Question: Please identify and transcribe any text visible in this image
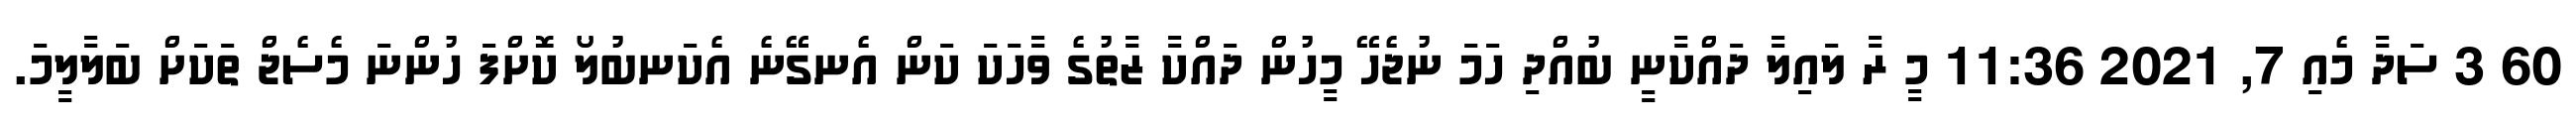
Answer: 60 3 ސަދާ މެއި 7, 2021 11:36 މީ ރާ ލައިލާ ދައްކާނީ ބުއްދި ހަމަ ނުޖެހޭ މީހުން ދައްކާ ޒާތުގެ ވާހަކަ ކަން އެނގޭނެ އެކަނބުލޯ ކޮށްފަ ހުންނަ މެސެޖް ތަކަށް ބަލާލީމަ.